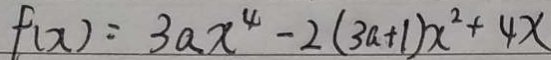
f ( x ) = 3 a x ^ { 4 } - 2 ( 3 a + 1 ) x ^ { 2 } + 4 x